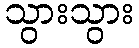
သွားသွား